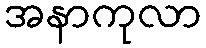
အနာကုလာ